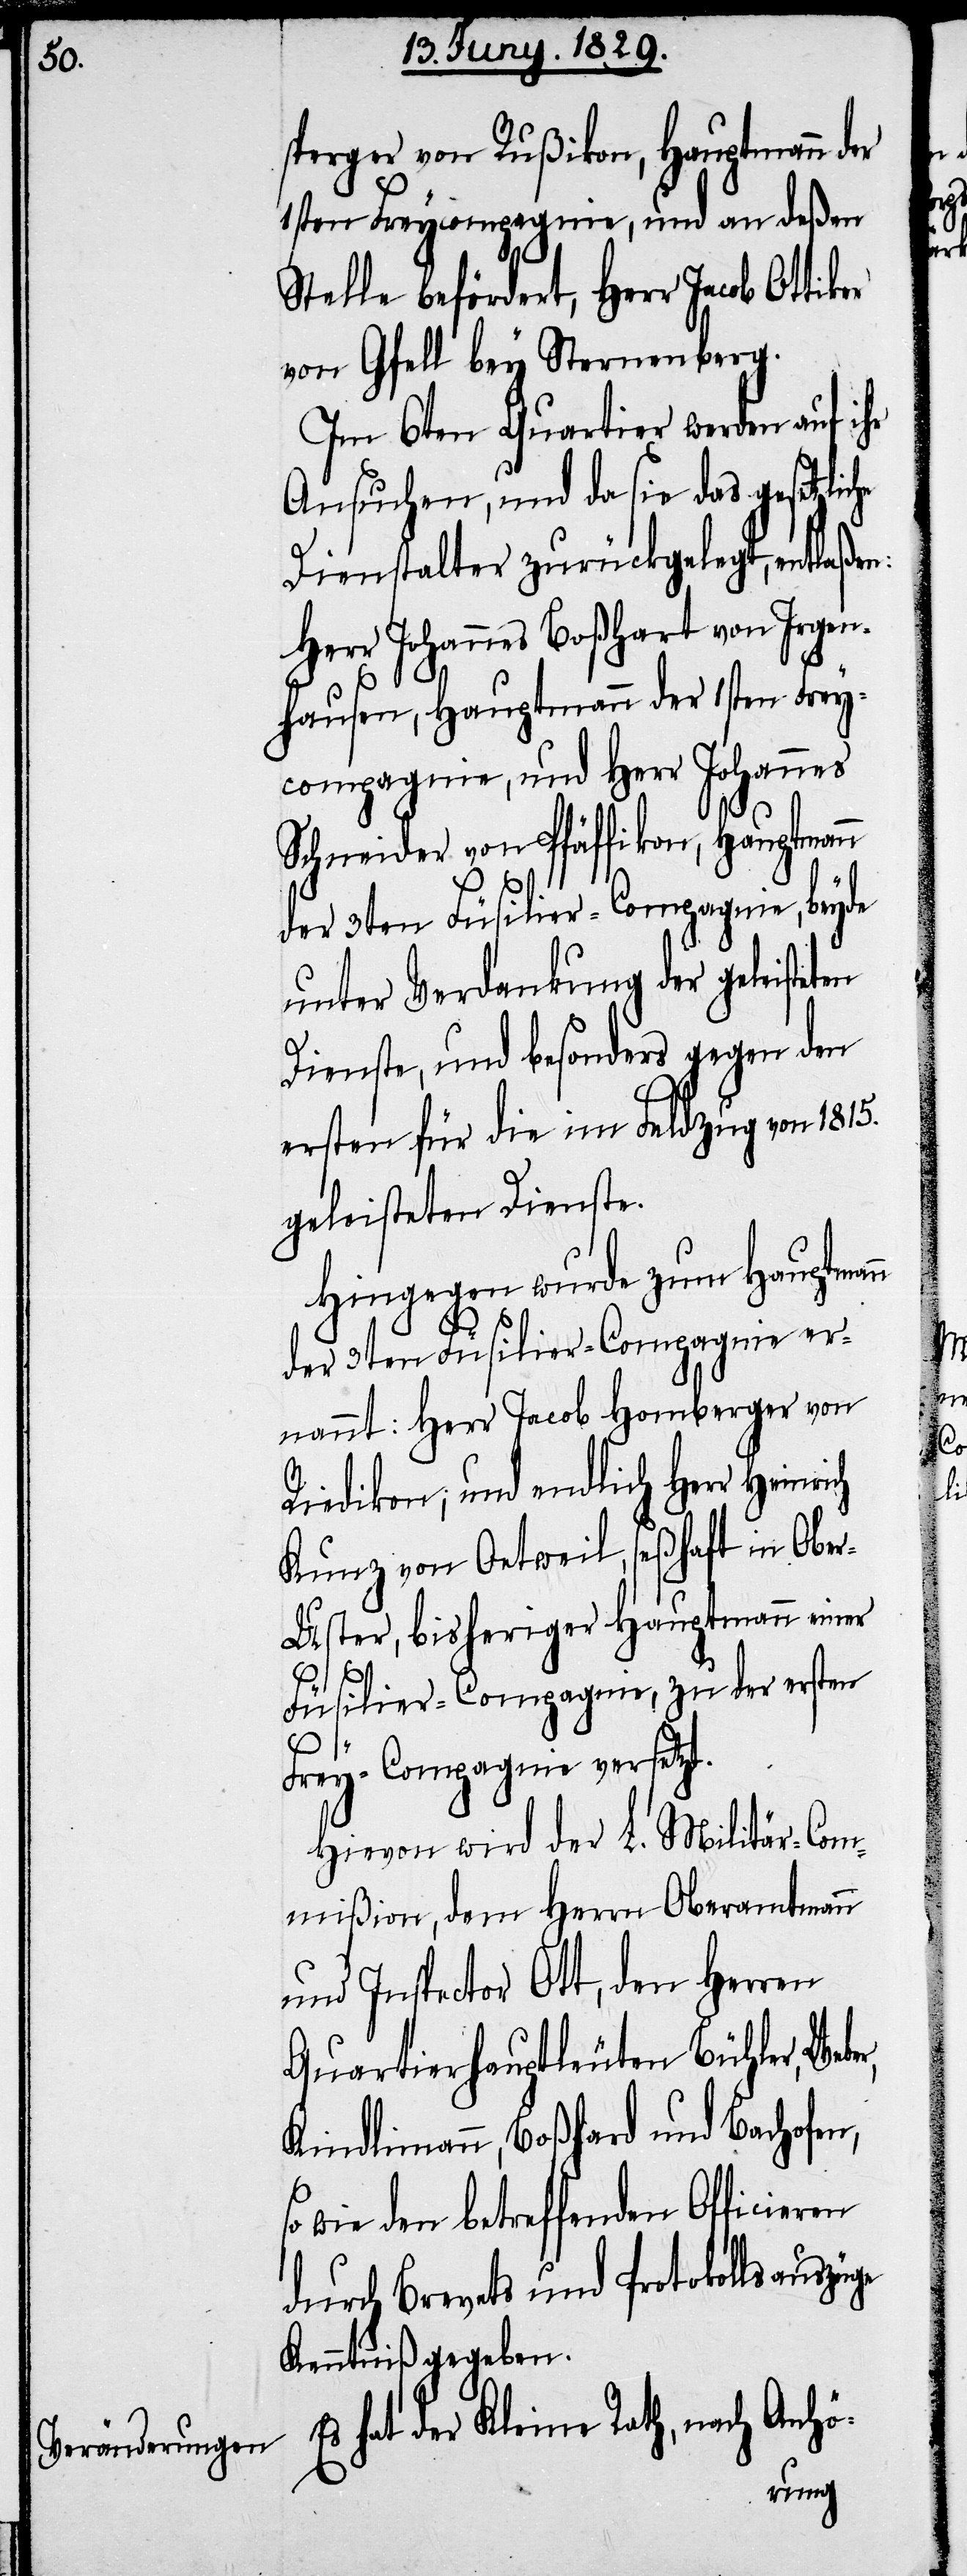
sperger von Rußikon, Hauptmann der
1sten Freycompagnie, und an deßen
Stelle befördert, Herr Jacob Ott¬
von Gfell bey Sternenberg.
üge
Im 6ten Quartier werden auf
Ansuchen, und da sie das gesetzli¬
Dienstalter zurückgelegt, entlaßen:
Herr Johannes Boßhart von Irgen¬
hausen, Hauptmann der 1sten Frey¬
compagnie, und Herr Johannes
Schneider von Pfäffikon, Hauptmann
der 3ten Füsilier-Compagnie, beyde
unter Verdankung der geleisteten
n
Dienste, und besonders gegen den
ersten für die im Feldzug von 1815.
geleisteten Dienste.
Hingegen wurde zum Hauptman¬
der 3ten Füsilier-Compagnie er¬
nannt: Herr Jacob Homberger von
Riedikon; und endlich Herr Heinri¬
Kunz von Oetweil, seßhaft in Obe¬
r-Uster, bisheriger Hauptmann einer
Füsilier-Compagnie, zu der ersten
Frey-Compagnie versetzt.
Hievon wird der L. Militär-Com¬
mißion, dem Herrn Oberamtmann
und Inspector Ott, den Herren
Quartierhauptleuten Bühler, Web¬
Kindlimann, Boßhard und Bachofen,
so wie den betreffenden Officieren
durch Brevets und Protokollsausz¬
Kenntniß gegeben.
hat der Kleine Rath, nach Anhö-